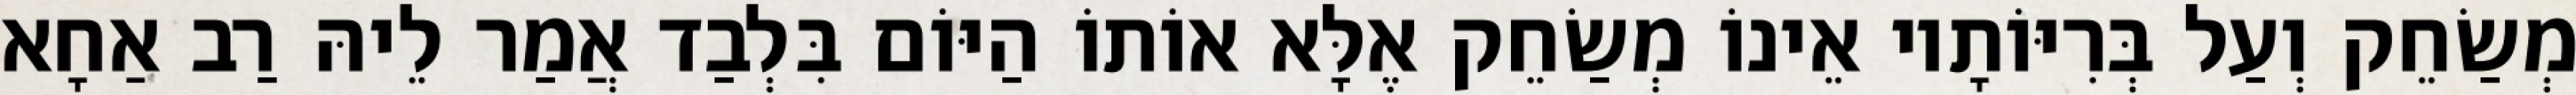
מְשַׂחֵק וְעַל בְּרִיּוֹתָיו אֵינוֹ מְשַׂחֵק אֶלָּא אוֹתוֹ הַיּוֹם בִּלְבַד אֲמַר לֵיהּ רַב אַחָא